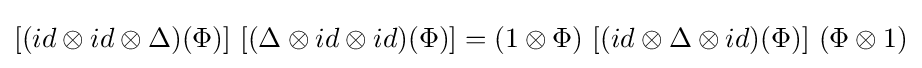
\lbrack (id\otimes id\otimes \Delta )(\Phi )\rbrack \ \lbrack (\Delta \otimes id\otimes id)(\Phi )\rbrack =(1\otimes \Phi )\ \lbrack (id\otimes \Delta \otimes id)(\Phi )\rbrack \ (\Phi \otimes 1)